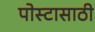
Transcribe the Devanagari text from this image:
पोस्टासाठी